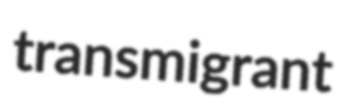
transmigrant